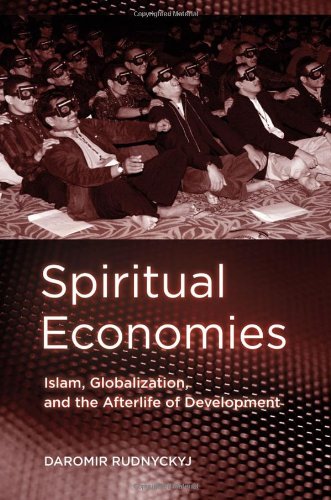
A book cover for Spiritual Economies: Islam, Globalization, and the Afterlife of Development (Expertise: Cultures and Technologies of Knowledge / Knowledge & Power); Daromir Rudnyckyj; Religion & Spirituality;